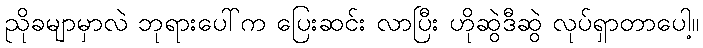
ညိုခမျာမှာလဲ ဘုရားပေါ်က ပြေးဆင်း လာပြီး ဟိုဆွဲဒီဆွဲ လုပ်ရှာတာပေါ့။